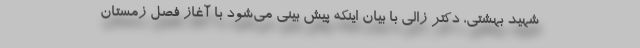
شهید بهشتی، دکتر زالی با بیان اینکه پیش بینی می‌شود با آغاز فصل زمستان